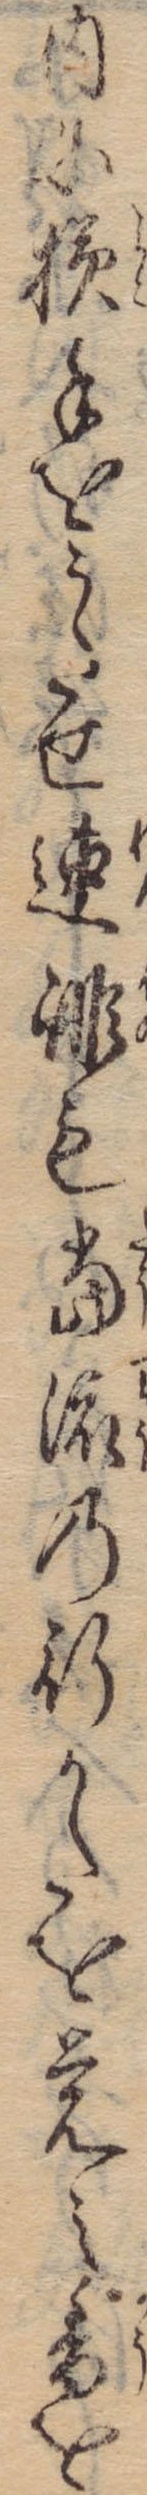
内に横手をうたせ連誹も当流の行かたを覚え香を